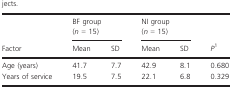
|  | <COLSPAN=2> BF group (n = 15) | <COLSPAN=2> NI group (n = 15) |  |
 | Factor | Mean | SD | Mean | SD | P1 |
 | --- | --- | --- | --- | --- | --- |
 | Age (years) | 41.7 | 7.7 | 42.9 | 8.1 | 0.680 |
 | Years of service | 19.5 | 7.5 | 22.1 | 6.8 | 0.329 |